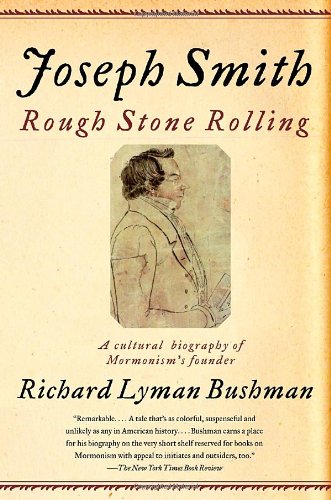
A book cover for Joseph Smith: Rough Stone Rolling; Richard Lyman Bushman; Biographies & Memoirs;